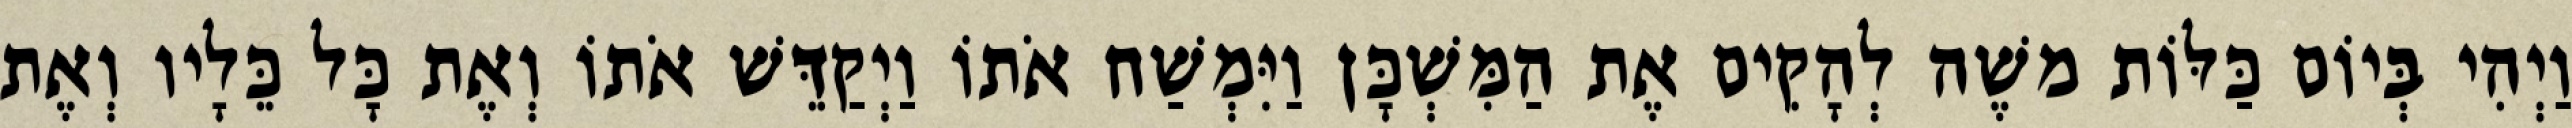
וַיְהִי בְּיוֹם כַּלּוֹת משֶׁה לְהָקִים אֶת הַמִּשְׁכָּן וַיִּמְשַׁח אֹתוֹ וַיְקַדֵּשׁ אֹתוֹ וְאֶת כָּל כֵּלָיו וְאֶת